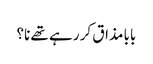
بابا مذاق کر رہے تھے نا؟